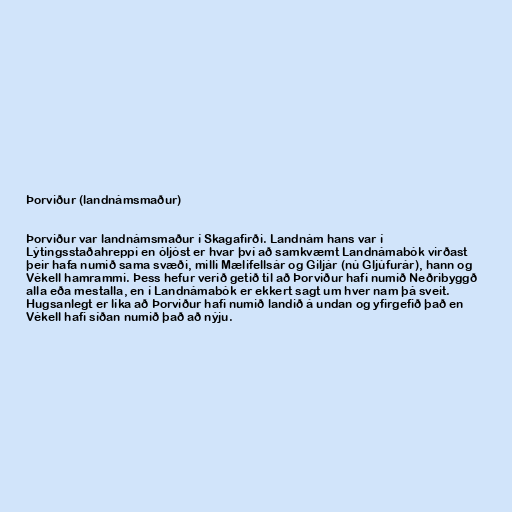
Þorviður (landnámsmaður)

Þorviður var landnámsmaður í Skagafirði. Landnám hans var í
Lýtingsstaðahreppi en óljóst er hvar því að samkvæmt Landnámabók virðast
þeir hafa numið sama svæði, milli Mælifellsár og Giljár (nú Gljúfurár), hann og
Vékell hamrammi. Þess hefur verið getið til að Þorviður hafi numið Neðribyggð
alla eða mestalla, en í Landnámabók er ekkert sagt um hver nam þá sveit.
Hugsanlegt er líka að Þorviður hafi numið landið á undan og yfirgefið það en
Vékell hafi síðan numið það að nýju.